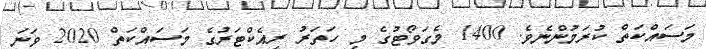
މަސައްކަތް ކުރަމުންނެވެ. 1400 މެގަވޯޓުގެ މި ހަތަރު ރިއެކްޓަރުގެ މަސައްކަތް 2020 ވަނަ